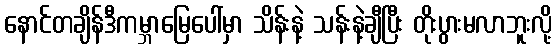
နောင်တချိန်ဒီကမ္ဘာမြေပေါ်မှာ သိန်းနဲ့ သန်းနဲ့ချီပြီး တိုးပွားမလာဘူးလို့